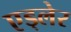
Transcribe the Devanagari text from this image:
एड्लेर